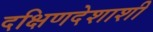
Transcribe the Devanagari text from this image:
दक्षिणदेशाशी